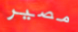
مصير